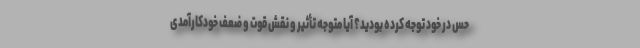
حس در خود توجه کرده بودید؟ آیا متوجه تأثیر و نقش قوت و ضعف خودکارآمدی